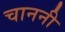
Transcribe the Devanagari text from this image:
चाननी